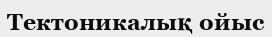
Тектоникалық ойыс